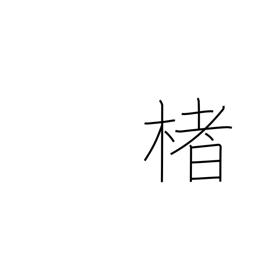
Meaning: paper mulberry